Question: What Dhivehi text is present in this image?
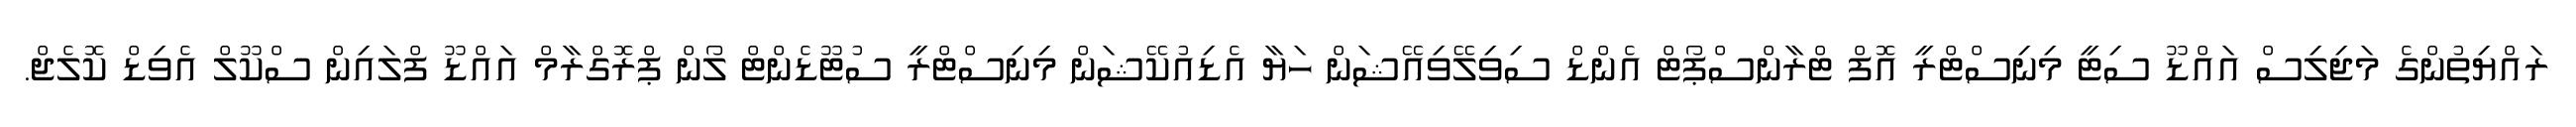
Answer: ރައްޔިތުންގެ މަޖިލިސް އައްޑޫ ސިޓީ މިނިސްޓްރީ އޮފް ޓްރާންސްޕޯޓް އެންޑް ސިވިލޭވިއޭޝަން ހަޔާ އެޑިއުކޭޝަން މިނިސްޓްރީ ސުޓޫޑެންޓް ލޯން ޕްރޮގްރާމް އައްޑޫ ފްލައިން ސްކޫލް އެވިޑް ކޮލެޖް.